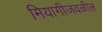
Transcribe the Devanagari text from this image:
मियागीजवळील